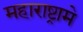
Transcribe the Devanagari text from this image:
महाराष्ट्रामे